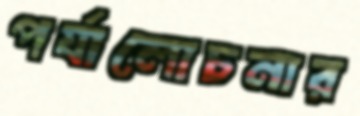
পর্যালোচনার